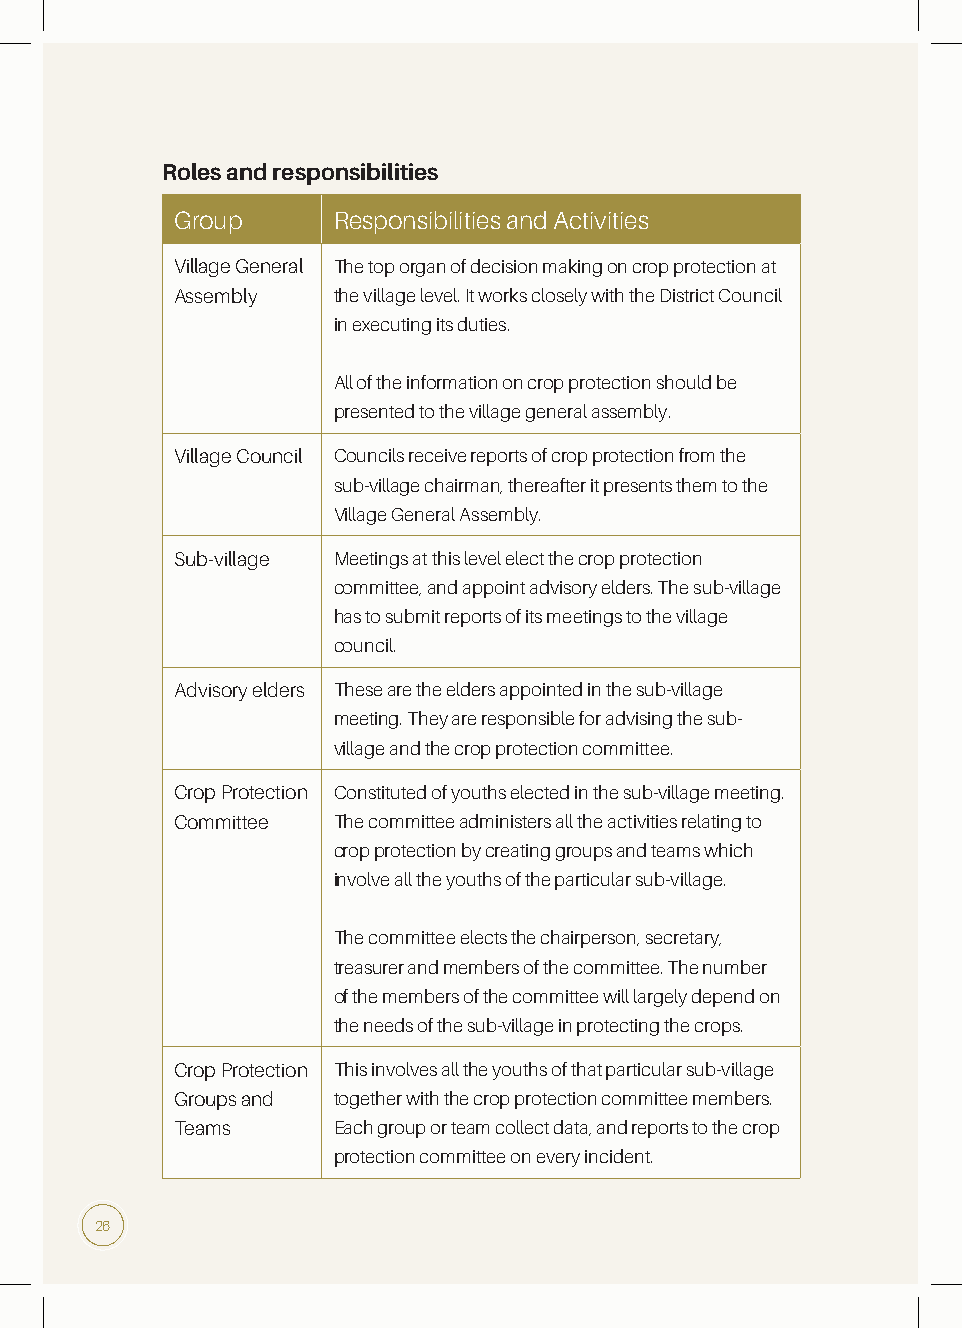
Roles and responsibilities
 Group     Responsibilities and Activities
 Village General The top organ of decision making on crop protection at
 Assembly  the village level. It works closely with the District Council
 in executing its duties.
 All of the information on crop protection should be
 presented to the village general assembly.
 Village Council Councils receive reports of crop protection from the
 sub-village chairman, thereafter it presents them to the
 Village General Assembly.
 Sub-village Meetings at this level elect the crop protection
 committee, and appoint advisory elders. The sub-village
 has to submit reports of its meetings to the village
 council.
 Advisory elders These are the elders appointed in the sub-village
 meeting. They are responsible for advising the sub-
 village and the crop protection committee.
 Crop Protection Constituted of youths elected in the sub-village meeting.
 Committee The committee administers all the activities relating to
 crop protection by creating groups and teams which
 involve all the youths of the particular sub-village.
 The committee elects the chairperson, secretary,
 treasurer and members of the committee. The number
 of the members of the committee will largely depend on
 the needs of the sub-village in protecting the crops.
 Crop Protection This involves all the youths of that particular sub-village
 Groups and together with the crop protection committee members.
 Teams     Each group or team collect data, and reports to the crop
 protection committee on every incident.
 26